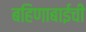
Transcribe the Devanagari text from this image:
बहिणाबाईची